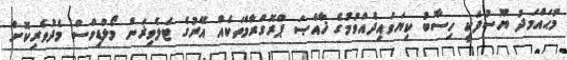
މުޙައްމަދު ޔޫސުފަކީ ހިސާބު ކިޔަވައިދެއްވުމުގެ ޚާއްޞަ ޕްރޮގްރާމްތަކެއް އޭރުގެ ޓެލެވިޜަން މޯލްޑިވްސް މެދުވެރިކޮށް